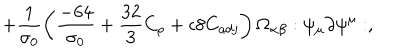
LaTeX: + \frac { 1 } { \sigma _ { 0 } } \left( \frac { - 6 4 } { \sigma _ { 0 } } + \frac { 3 2 } { 3 } C _ { \rho } + \epsilon 8 C _ { a d j } \right) \Omega _ { \alpha \beta } : \psi _ { \mu } \partial \psi ^ { \mu } : ,